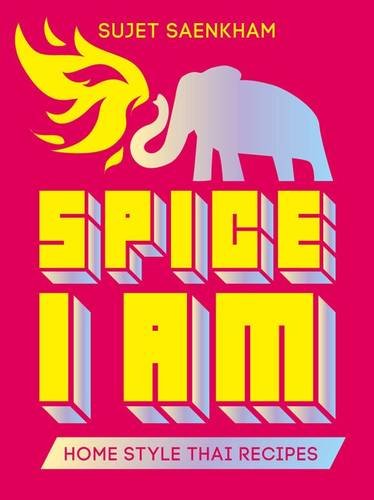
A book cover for Spice I Am: Home Style Thai Recipes; Sujet Saenkham; Cookbooks, Food & Wine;